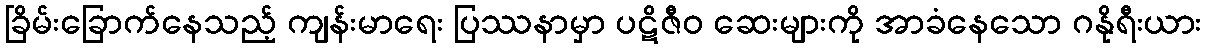
ခြိမ်းခြောက်နေသည့် ကျန်းမာရေး ပြဿနာမှာ ပဋိဇီဝ ဆေးများကို အာခံနေသော ဂနိုရီးယား